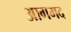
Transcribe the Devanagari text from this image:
आगमद